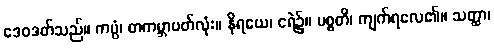
ဒေဝဒတ်သည်။ ကပ္ပံ၊ တကမ္ဘာပတ်လုံး။ နိရယေ၊ ငရဲ၌။ ပစ္စတိ၊ ကျက်ရလေ၏။ သတ္ထာ၊